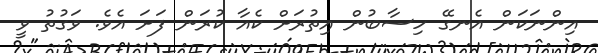
އިންނަކަން އެނގޭ ހިސާބުން އިތުރަށް ކެއާ ކުރަން ފަށަ އެވެ. ވަގުތު ވީ